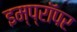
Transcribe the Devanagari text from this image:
इम्प्रॉपर